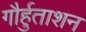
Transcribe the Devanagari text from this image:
गौर्हुताशन